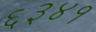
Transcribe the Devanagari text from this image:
६३४१